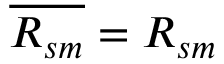
\overline { { R _ { s m } } } = R _ { s m }